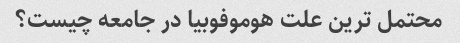
محتمل ترین علت هوموفوبیا در جامعه چیست؟